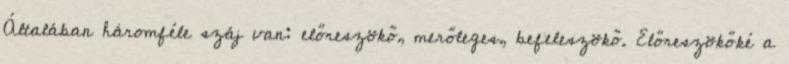
Általában háromféle száj van: előreszökő, merőleges, befeleszökő. Előreszökőké a